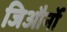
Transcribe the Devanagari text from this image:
जिऔर्नो